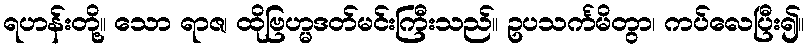
ရဟန်းတို့။ သော ရာဇ၊ ထိုဗြဟ္မဒတ်မင်းကြီးသည်။ ဥပသင်္ကမိတွာ၊ ကပ်လေပြီး၍။